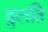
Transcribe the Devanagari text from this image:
डुलति